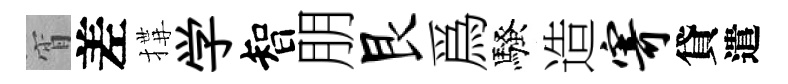
宵差搆学智朋艮爲騷造寄貸遣